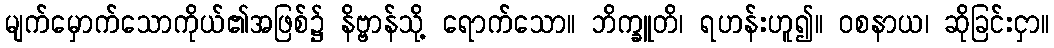
မျက်မှောက်သောကိုယ်၏အဖြစ်၌ နိဗ္ဗာန်သို့ ရောက်သော။ ဘိက္ခူတိ၊ ရဟန်းဟူ၍။ ဝစနာယ၊ ဆိုခြင်းငှာ။